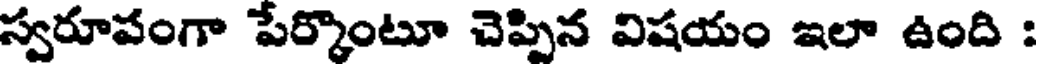
స్వరూపంగా పేర్కొంటూ చెప్పిన విషయం ఇలా ఉంది :